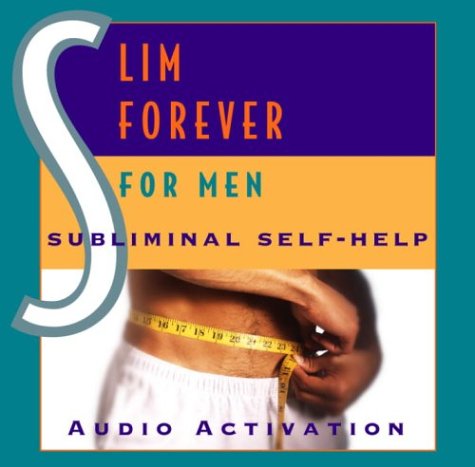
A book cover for Slim Forever - For Men: Subliminal Self Help; Audio Activation; Health, Fitness & Dieting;